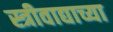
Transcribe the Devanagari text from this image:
स्त्रीवाद्याच्या